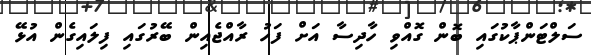
ސަލްޓަންޕާކުގައި ބޮން ގޮއްވި ހާދިސާ އަށް ފަހު ރާއްޖެއިން ބޭރުގައި ފިލައިގެން އުޅޭ